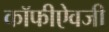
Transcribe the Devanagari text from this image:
कॉफीऐवजी